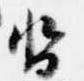
沓